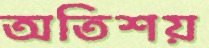
অতিশয়